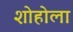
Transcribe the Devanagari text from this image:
शोहोला